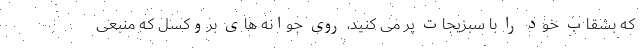
که بشقاب خود را با سبزیجات پر می کنید، روی جوانه های بروکسل که منبعی